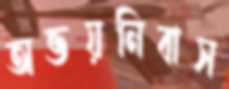
অভয়নিবাস